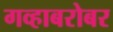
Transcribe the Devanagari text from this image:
गव्हाबरोबर